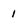
Character: 1